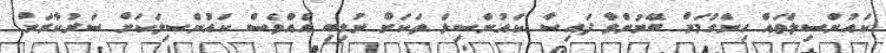
ކައުންސިލްތައް ހިންގުމަށް ބޭނުންވާ ފައިސާ ކައުންސިލް ތަކަށް ނުލިބި އެއްވެސް ކައުންސިލަކަށް ސަރުކާރަށް